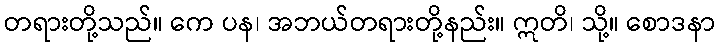
တရားတို့သည်။ ကေ ပန၊ အဘယ်တရားတို့နည်း။ ဣတိ၊ သို့။ စောဒနာ